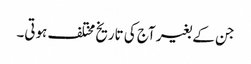
جن کے بغیر آج کی تاریخ مختلف ہوتی۔